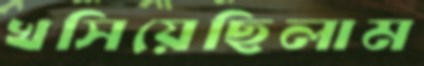
খসিয়েছিলাম